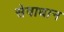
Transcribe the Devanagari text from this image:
सेवाधान